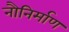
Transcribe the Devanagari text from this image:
नौनिर्माण